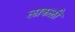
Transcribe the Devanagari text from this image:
लाकळी